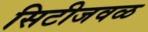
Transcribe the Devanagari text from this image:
सिटीजवळ